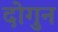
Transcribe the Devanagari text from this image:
दोगुन